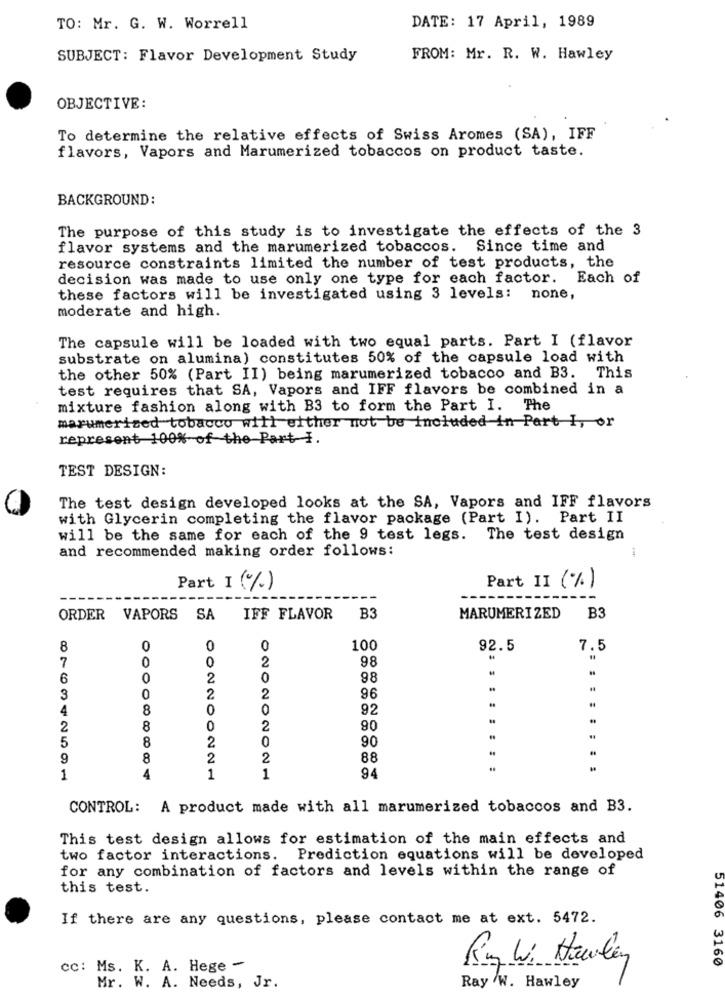
TO: Mr. G. W. Worrell
DATE: 17 April, 1989
SUBJECT: Flavor Development Study
FROM: Mr. R. W. Hawley
OBJECTIVE:
To determine the relative effects of Swiss Aromes (SA), IFF
flavors, Vapors and Marumerized tobaccos on product taste.
BACKGROUND:
The purpose of this study is to investigate the effects of the 3
flavor systems and the marumerized tobaccos. Since time and
resource constraints limited the number of test products, the
decision was made to use only one type for each factor. Each of
these factors will be investigated using 3 levels:
none,
moderate and high.
The capsule will be loaded with two equal parts. Part I (flavor
substrate on alumina) constitutes 50% of the capsule load with
the other 50% (Part II) being marumerized tobacco and B3. This
test requires that SA, Vapors and IFF flavors be combined in a
mixture fashion along with B3 to form the Part I. The
marumerized tobacco will either not be included in Part I, or
represent 100% of the Part I.
TEST DESIGN:
The test design developed looks at the SA, Vapors and IFF flavors
with Glycerin completing the flavor package (Part I). Part II
will be the same for each of the 9 test legs. The test design
and recommended making order follows:
Part II (%)
Part I (%)
ORDER VAPORS SA
IFF FLAVOR
B3
MARUMERIZED
B3
8
0
0
100
92.5
7.5
7
0
2
..
98
6
0
2
0
98
3
0
2
2
96
4
8
0
0
92
2
8
2
90
5
8
2
0
90
9
8
2
2
88
1
4
1
1
94
CONTROL: A product made with all marumerized tobaccos and B3.
This test design allows for estimation of the main effects and
two factor interactions.
Prediction equations will be developed
for any combination of factors and levels within the range of
this test.
If there are any questions, please contact me at ext. 5472.
51406 3160
cc: Ms. K. A. Hege -
Mr. W. A. Needs, Jr.
Ray W. Hawley